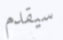
سيقدم